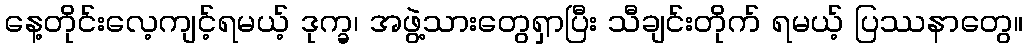
နေ့တိုင်းလေ့ကျင့်ရမယ့် ဒုက္ခ၊ အဖွဲ့သားတွေရှာပြီး သီချင်းတိုက် ရမယ့် ပြဿနာတွေ။